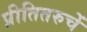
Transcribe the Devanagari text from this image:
प्रीतितरुचें